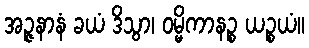
အဉ္ဇနာနံ ခယံ ဒိသွာ၊ ဝမ္မိကာနဉ္စ ယဉ္စယံ။